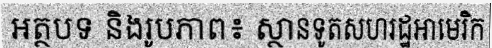
អត្ថបទ និងរូបភាព៖ ស្ថានទូតសហរដ្ឋអាមេរិក